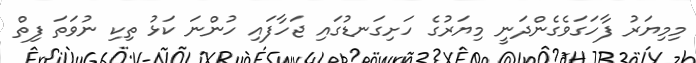
މިމިޔަރު ފާހަގަވެގެންދަނީ މިޔަރުގެ ހަށިގަނޑުގައި ޖަހާފައި ހުންނަ ކަޅު ތިކި ނުވަތަ ފިތް